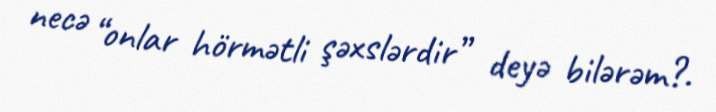
necə “onlar hörmətli şəxslərdir” deyə bilərəm?.